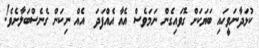
ކުޅަދާނަވީހައި ބަޔަކަށް ގޮވައިގެން ނަމަވެސް އެއާ އެއްފަދަ  އެއް ނިކަން ގެނެސްބަލާށެވެ!